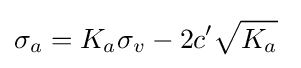
\sigma _{a}=K_{a}\sigma _{v}-2c'{\sqrt {K_{a}}}\